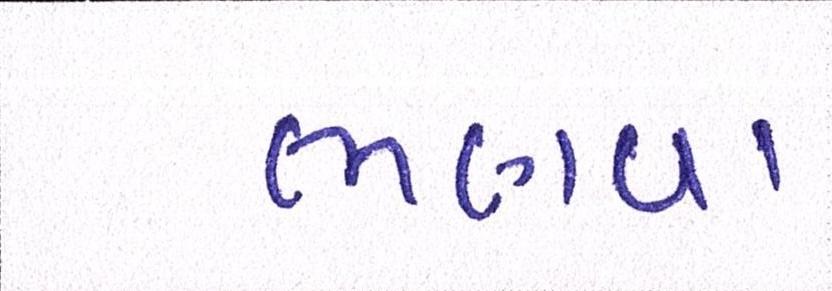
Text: ભણવા